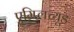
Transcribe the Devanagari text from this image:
एम्प्लिच्यूड